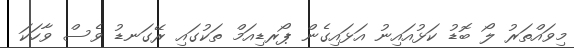
މިވައްތަރު ލޯ ބޮޑު ކަޅުއައިނު އަޅައިގެން ޕޯރޑިއަމް ތަކުގައި ރޭގަނޑު ވެސް ވާހަކަ